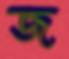
জ